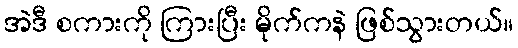
အဲဒီ စကားကို ကြားပြီး မိုက်ကနဲ ဖြစ်သွားတယ်။